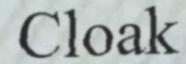
Cloak